Madras plague regulations and rules - Volume 2
Disease focus: Plague
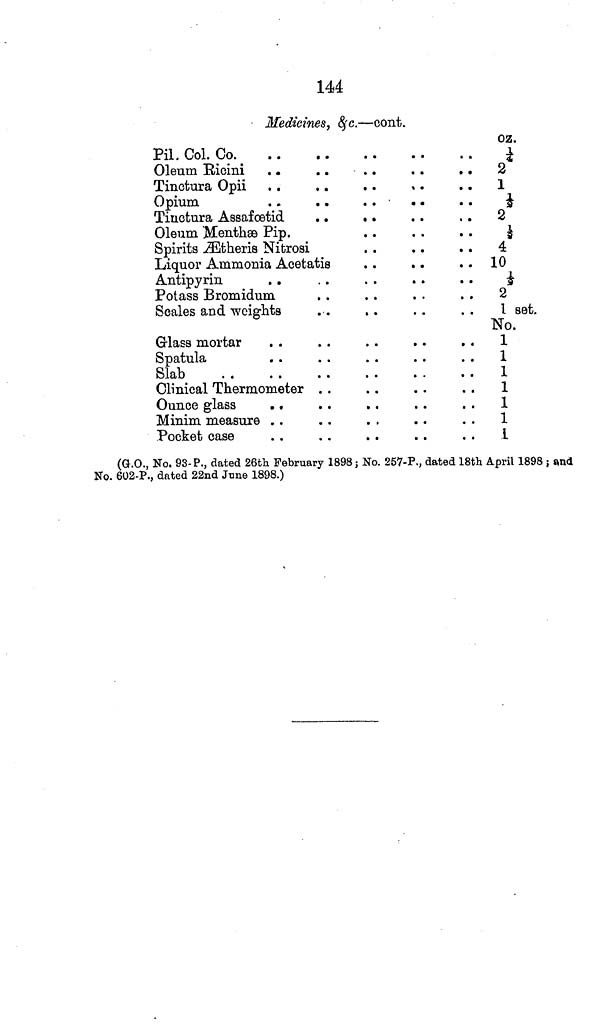
144
Medicines, &c.—cont.
Pil. Col. Co.
Oleum Ricini . .
. .
. .
. .
. .
Tinctura Opii
Opium
. .
. .
Tinctura Assafœtid
. .
. .
Oleum Menthæ Pip.
Spirits Ætheris Nitrosi
Liquor Ammonia Acetatis
Antipyrin
Potass Bromidum
Scales and weights
Glass mortar
Spatula
Slab
Clinical Thermometer
Ounce glass
. .
Minim measure
Pocket case
oz.
½
2
1
½
2
½
4
10
½
2
1 set.
No.
1
1
1
1
1
1
1
(G.O., No. 93-P., dated 26th February 1898 ; No. 257-P., dated 18th April 1898 ; and
No. 602-P., dated 22nd June 1898.)